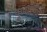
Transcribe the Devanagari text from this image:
पुण्याशीही